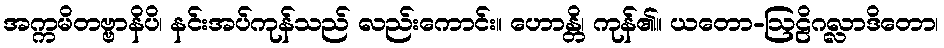
အက္ကမိတဗ္ဗာနိပိ၊ နင်းအပ်ကုန်သည် လည်းကောင်း။ ဟောန္တိ၊ ကုန်၏။ ယတော-ဩဠိဂလ္လာဒိတော၊